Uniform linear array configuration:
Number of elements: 24
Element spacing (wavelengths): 0.25
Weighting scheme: uniform
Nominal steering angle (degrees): -60
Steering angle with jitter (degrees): -58.172
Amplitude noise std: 0.05
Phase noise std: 0.05

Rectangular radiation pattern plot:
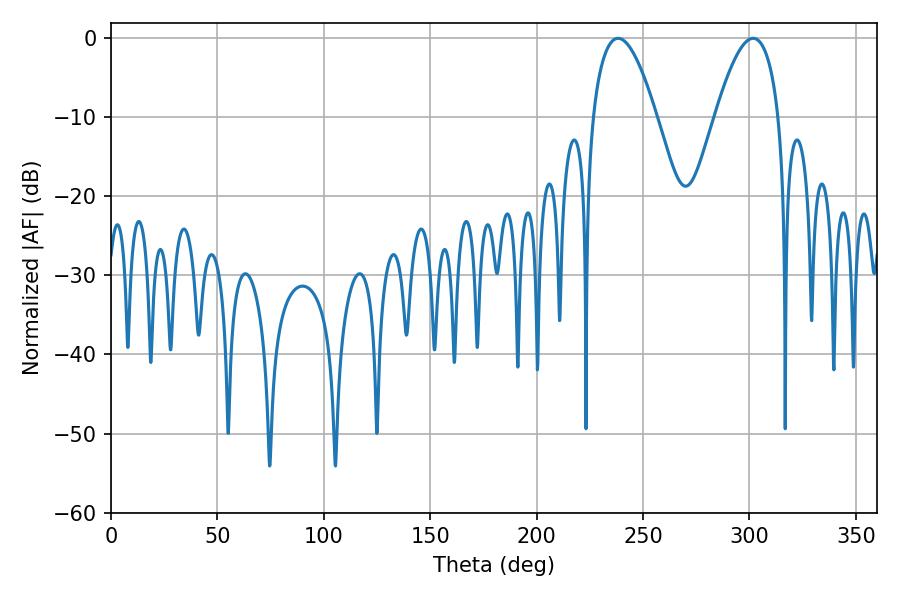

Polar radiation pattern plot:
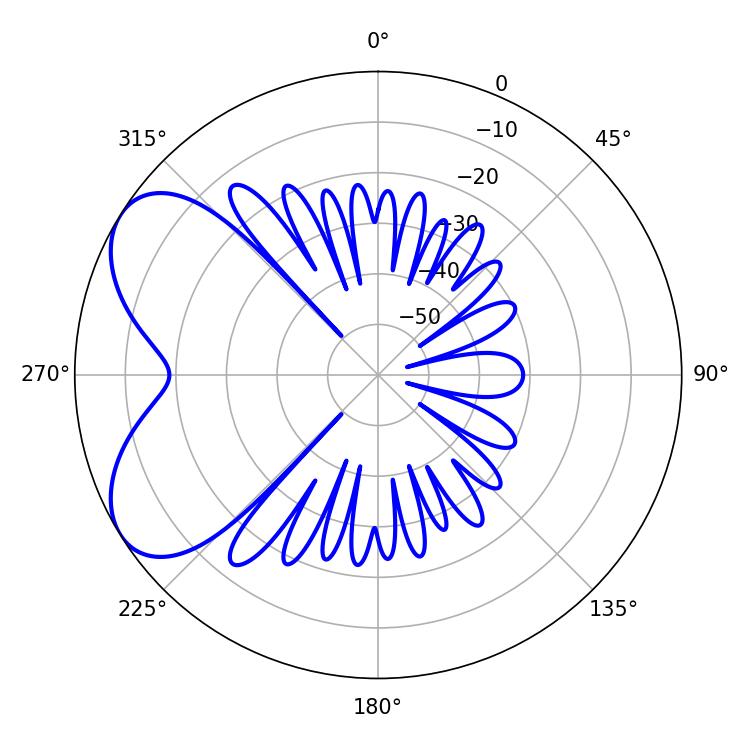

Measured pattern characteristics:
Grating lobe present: FALSE
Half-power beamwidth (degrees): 16.38
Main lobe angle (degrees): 238.32